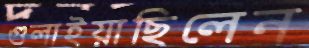
গুলাইয়াছিলেন